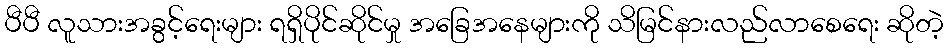
ပီပီ လူသားအခွင့်ရေးများ ရရှိပိုင်ဆိုင်မှု အခြေအနေများကို သိမြင်နားလည်လာစေရေး ဆိုတဲ့